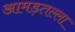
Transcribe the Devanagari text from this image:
आमड़तल्ला